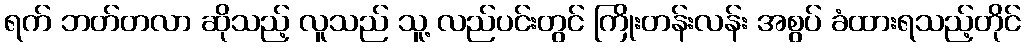
ရက် ဘတ်တလာ ဆိုသည့် လူသည် သူ့ လည်ပင်းတွင် ကြိုးတန်းလန်း အစွပ် ခံထားရသည့်တိုင်